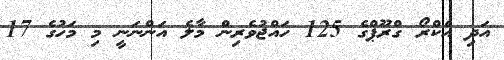
އަދި އެކްރޯ ގްރޫޕްގެ 125 ހައްޖުވެރިން މާލެ އަންނަނީ މި މަހުގެ 17